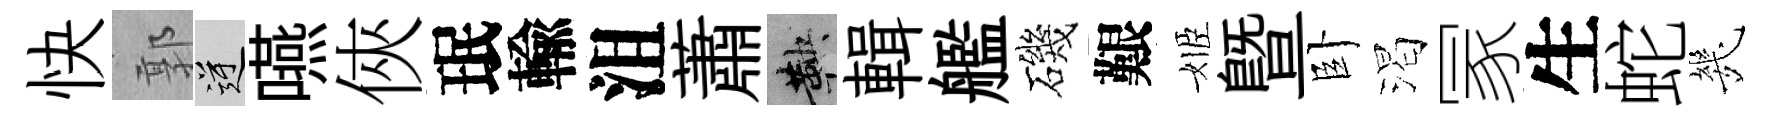
快郭逆嚥俠珉輸沮蕭鞅輯艦磯艱姬暨卧渴冡生蛇㡬